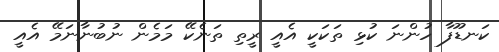
ކަނޑޫފާ ހުންނަ ކުޅި ތަކަކީ އެއީ ރީތި ތަނެކޭ މަމެން ނުބުނާނަމޭ އެއީ